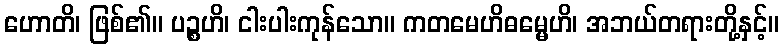
ဟောတိ၊ ဖြစ်၏။ ပဉ္စဟိ၊ ငါးပါးကုန်သော။ ကတမေဟိဓမ္မေဟိ၊ အဘယ်တရားတို့နှင့်။